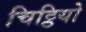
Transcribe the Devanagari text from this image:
चिट्ठियो